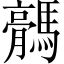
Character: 𱼥